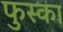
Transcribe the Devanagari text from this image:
फुस्का